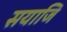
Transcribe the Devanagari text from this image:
सयाजि